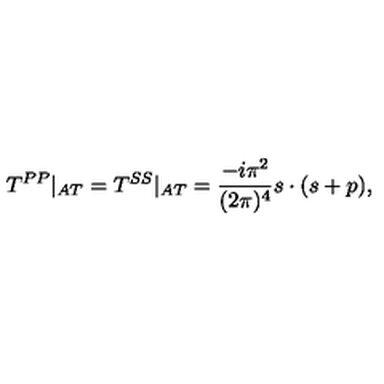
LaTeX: T ^ { P P } | _ { A T } = T ^ { S S } | _ { A T } = \frac { - i \pi ^ { 2 } } { ( 2 \pi ) ^ { 4 } } s \cdot ( s + p ) ,